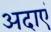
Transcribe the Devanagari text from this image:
अदाएं